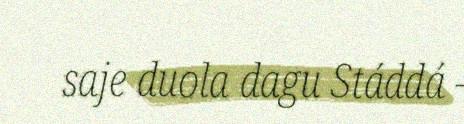
saje duola dagu Stáddá -